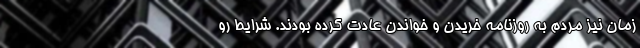
زمان نیز مردم به روزنامه خریدن و خواندن عادت کرده بودند. شرایط رو